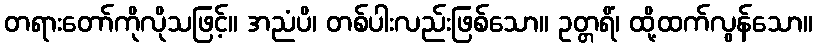
တရားတော်ကိုလိုသဖြင့်။ အညံပိ၊ တစ်ပါးလည်းဖြစ်သော။ ဥတ္တရိံ၊ ထို့ထက်လွန်သော။